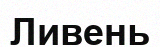
Ливень